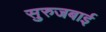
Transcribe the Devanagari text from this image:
सुरुजबाई